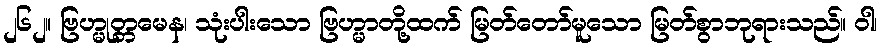
၂၆၂။ ဗြဟ္မုတ္တမေန၊ သုံးပါးသော ဗြဟ္မာတို့ထက် မြတ်တော်မူသော မြတ်စွာဘုရားသည်။ ဝါ၊